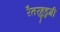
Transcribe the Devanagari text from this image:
रैतरहुडुगी